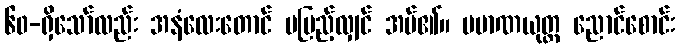
၆၀-ရှိသော်လည်း အနံလေးတောင် မပြည့်လျှင် အပ်၏။ ပမာဏယုတ္တ ညောင်စောင်း